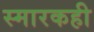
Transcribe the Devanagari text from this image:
स्मारकही